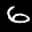
Label: 6